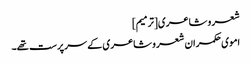
شعر و شاعری[ترمیم]
اموی حکمران شعر و شاعری کے سرپرست تھے۔